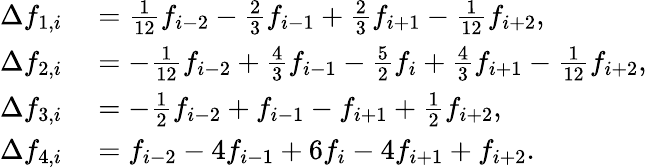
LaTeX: \begin{array}{rl}{\Delta f_{1,i}}&{{}=\frac{1}{12}f_{i-2}-\frac{2}{3}f_{i-1}+\frac{2}{3}f_{i+1}-\frac{1}{12}f_{i+2},}\\ {\Delta f_{2,i}}&{{}=-\frac{1}{12}f_{i-2}+\frac{4}{3}f_{i-1}-\frac{5}{2}f_{i}+\frac{4}{3}f_{i+1}-\frac{1}{12}f_{i+2},}\\ {\Delta f_{3,i}}&{{}=-\frac{1}{2}f_{i-2}+f_{i-1}-f_{i+1}+\frac{1}{2}f_{i+2},}\\ {\Delta f_{4,i}}&{{}=f_{i-2}-4f_{i-1}+6f_{i}-4f_{i+1}+f_{i+2}.}\end{array}